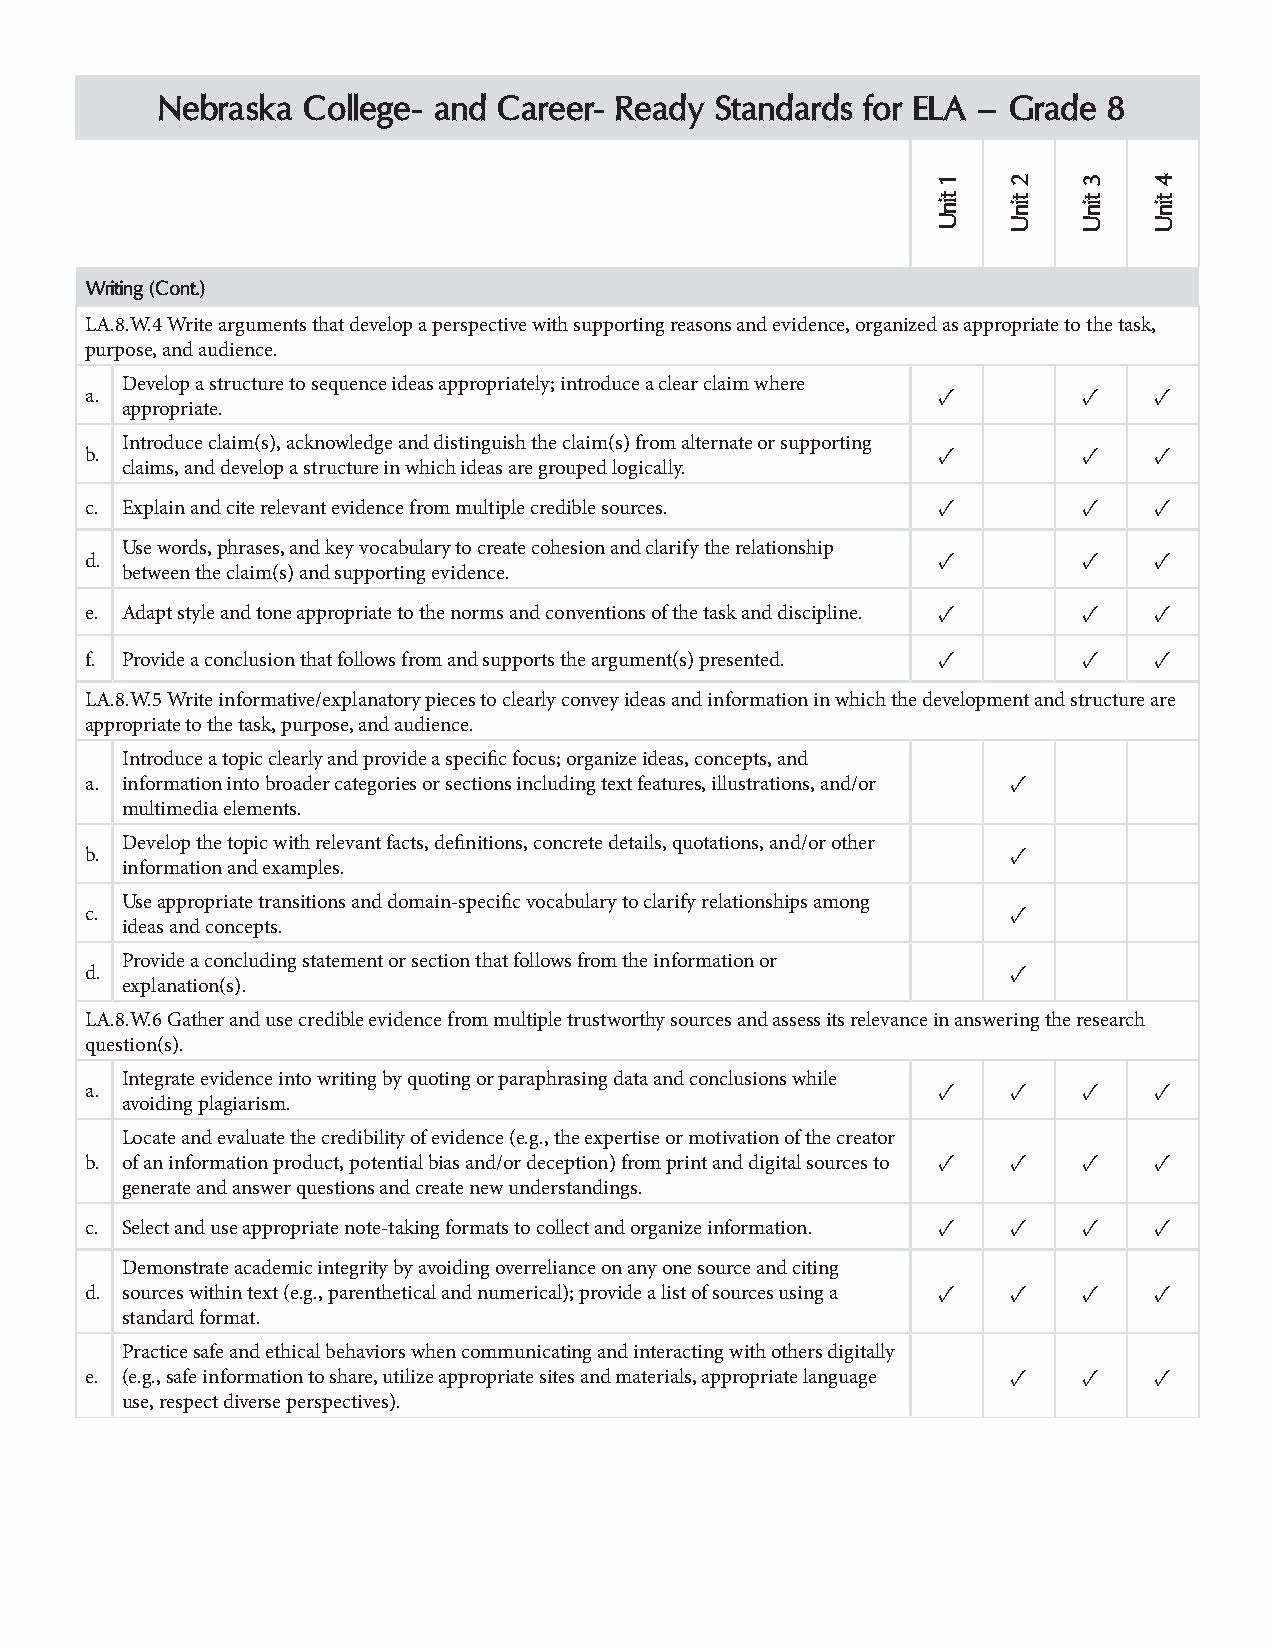
Nebraska  College- and Career- Ready Standards for ELA – Grade 8
 Writing (Cont.)
 LA.8.W.4 Write arguments that develop a perspective with supporting reasons and evidence, organized as appropriate to the task,
 purpose, and audience.
 Develop a structure to sequence ideas appropriately; introduce a clear claim where
 a.                                                      ✓         ✓   ✓
 appropriate.
 Introduce claim(s), acknowledge and distinguish the claim(s) from alternate or supporting
 b.                                                      ✓         ✓   ✓
 claims, and develop a structure in which ideas are grouped logically.
 c. Explain and cite relevant evidence from multiple credible sources. ✓ ✓ ✓
 Use words, phrases, and key vocabulary to create cohesion and clarify the relationship
 d.                                                      ✓         ✓   ✓
 between the claim(s) and supporting evidence.
 e. Adapt style and tone appropriate to the norms and conventions of the task and discipline. ✓ ✓ ✓
 f. Provide a conclusion that follows from and supports the argument(s) presented. ✓ ✓ ✓
 LA.8.W.5 Write informative/explanatory pieces to clearly convey ideas and information in which the development and structure are
 appropriate to the task, purpose, and audience.
 Introduce a topic clearly and provide a specific focus; organize ideas, concepts, and
 a. information into broader categories or sections including text features, illustrations, and/or ✓
 multimedia elements.
 Develop the topic with relevant facts, definitions, concrete details, quotations, and/or other
 b.                                                           ✓
 information and examples.
 Use appropriate transitions and domain-specific vocabulary to clarify relationships among
 c.                                                           ✓
 ideas and concepts.
 Provide a concluding statement or section that follows from the information or
 d.                                                           ✓
 explanation(s).
 LA.8.W.6 Gather and use credible evidence from multiple trustworthy sources and assess its relevance in answering the research
 question(s).
 Integrate evidence into writing by quoting or paraphrasing data and conclusions while
 a.                                                      ✓    ✓    ✓   ✓
 avoiding plagiarism.
 Locate and evaluate the credibility of evidence (e.g., the expertise or motivation of the creator
 b. of an information product, potential bias and/or deception) from print and digital sources to ✓ ✓ ✓ ✓
 generate and answer questions and create new understandings.
 c. Select and use appropriate note-taking formats to collect and organize information. ✓ ✓ ✓ ✓
 Demonstrate academic integrity by avoiding overreliance on any one source and citing
 d. sources within text (e.g., parenthetical and numerical); provide a list of sources using a ✓ ✓ ✓ ✓
 standard format.
 Practice safe and ethical behaviors when communicating and interacting with others digitally
 e. (e.g., safe information to share, utilize appropriate sites and materials, appropriate language ✓ ✓ ✓
 use, respect diverse perspectives).
 1
 tinU
 2
 tinU
 3
 tinU
 4
 tinU